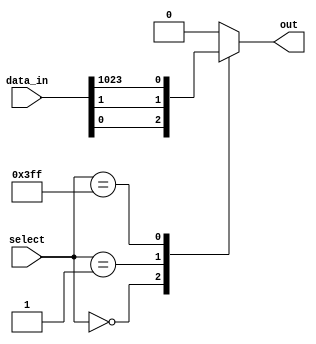
module mux1024_1(
    input [1023:0] data_in,
    input [9:0] select,
    output reg out
);

always @(*)
begin
    case(select)
        10'd0: out = data_in[0];
        10'd1: out = data_in[1];
        // continue for all 1024 inputs
        10'd1023: out = data_in[1023];
        default: out = 1'b0; // default case
    endcase
end

endmodule